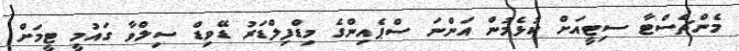
މެންޗެސްޓާ ސިޓީއަށް ކުޅެމުން އަންނަ ސްޕެއިންގެ މިޑްފިލްޑަރު ޑޭވިޑް ސިލްވާ ގައުމީ ޓީމަށް